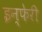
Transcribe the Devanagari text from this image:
इन्फेरी